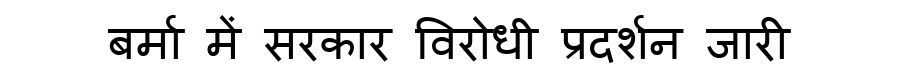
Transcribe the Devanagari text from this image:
बर्मा में सरकार विरोधी प्रदर्शन जारी